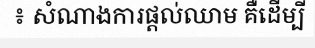
៖ សំណាងការផ្តល់ឈាម គឺដើម្បី